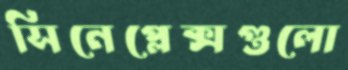
সিনেপ্লেক্সগুলো